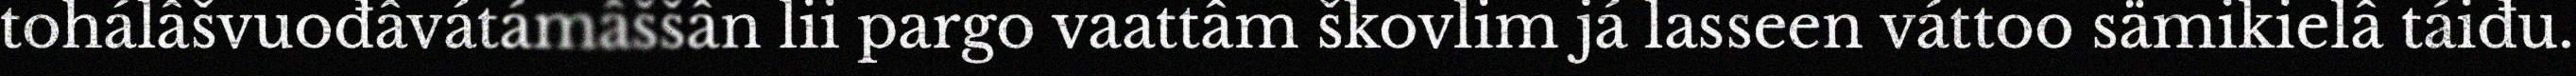
tohálâšvuođâvátámâššân lii pargo vaattâm škovlim já lasseen váttoo sämikielâ táiđu.